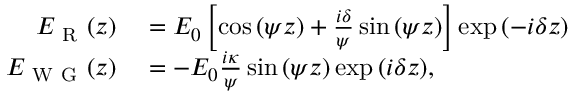
\begin{array} { r l } { E _ { \mathrm { ~ R ~ } } ( z ) } & { { } = E _ { 0 } \left[ \cos { \left( \psi z \right) } + \frac { i \delta } { \psi } \sin { \left( \psi z \right) } \right] \exp { \left( - i \delta z \right) } } \\ { E _ { \mathrm { ~ W ~ G ~ } } ( z ) } & { { } = - E _ { 0 } \frac { i \kappa } { \psi } \sin { \left( \psi z \right) } \exp { \left( i \delta z \right) } , } \end{array}